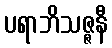
ပရာဘိသဇ္ဇနီ